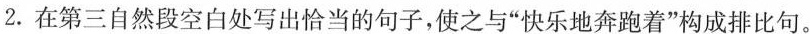
2.在第三自然段空白处写出恰当的句子，使之与“快乐地奔跑着”构成排比句。